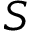
S